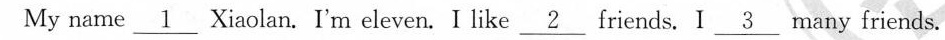
My name___ Xiaolan. I'm eleven. I like___ friends. I ___ many friends.